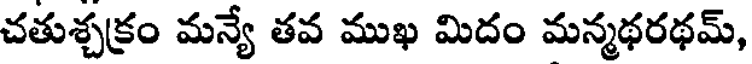
చతుశ్చక్రం మన్యే తవ ముఖ మిదం మన్మథరథమ్,